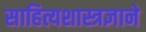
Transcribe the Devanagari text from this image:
साहित्यशास्त्रज्ञाने